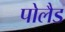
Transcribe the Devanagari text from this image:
पोलैड